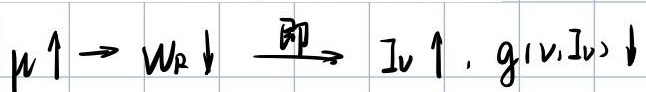
\(\mu\uparrow\longrightarrow W_{R}\downarrow\stackrel{即}{\longrightarrow}I_{v}\uparrow,g(v,I_{v})\downarrow\)